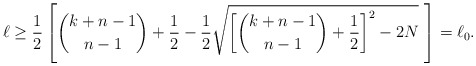
\begin{align*}\ell \ge \frac{1}{2} \left [ \binom{k+ n-1}{n-1} + \frac{1}{2} - \frac{1}{2} \sqrt{\left [ \binom{k + n-1}{n-1} + \frac{1}{2} \right ]^2 - 2 N} \ \right ] = \ell_0.\end{align*}